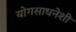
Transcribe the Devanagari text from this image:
योगसाधनेशी